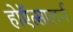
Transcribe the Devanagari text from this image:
होऍत्सालर्न